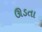
ઊડતા